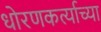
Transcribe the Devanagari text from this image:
धोरणकर्त्याच्या